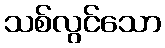
သစ်လွင်သော